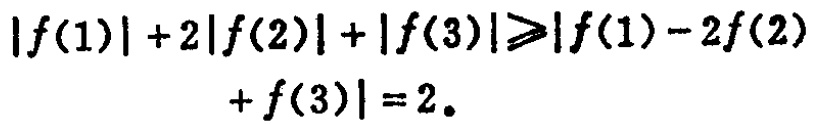
\(|f(1)| + 2|f(2)| + |f(3)|\geqslant|f(1) - 2f(2)+ f(3)| = 2.\)